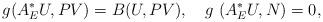
LaTeX: \begin{align*}g(A_{E}^{\ast }U,PV)=B(U,PV),\ \ \ g\ (A_{E}^{\ast }U,N)=0, \end{align*}